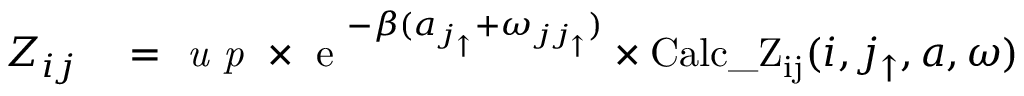
\begin{array} { r l } { Z _ { i j } } & { { } = \textit { u p } \times \textnormal { e } ^ { - \beta ( a _ { j _ { \uparrow } } + \omega _ { j j _ { \uparrow } } ) } \times \mathrm { C a l c \_ Z _ { i j } } ( i , j _ { \uparrow } , a , \omega ) } \end{array}